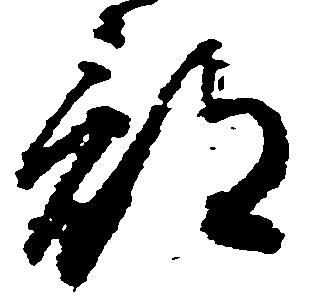
部